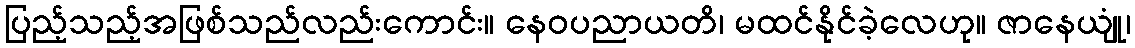
ပြည့်သည့်အဖြစ်သည်လည်းကောင်း။ နေဝပညာယတိ၊ မထင်နိုင်ခဲ့လေဟု။ ဇာနေယျုံ၊